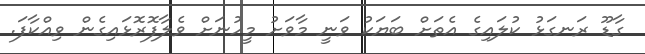
ގާޑޫ ރަނގަޅު ކުލައިގެ އެތަށް ބަޔަކު ވަނީ މާވަށު މީހުނަށް ވެލާފޮރޮޅައިގެން ވިއްކާފަ.